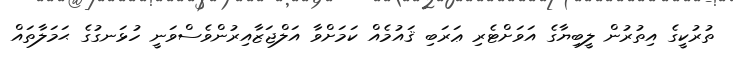
ތުރުކީގެ އިތުރުން ލީބިޔާގެ އަވަށްޓެރި ޢަރަބި ޤައުމެއް ކަމަށްވާ އަލްޖަޒާއިރުންވެސްވަނީ ހުޅަނގުގެ ޙަމަލާތައް